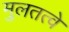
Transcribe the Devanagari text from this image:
मुलतत्वे